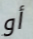
أو